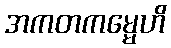
အကတကမ္မေဟိ